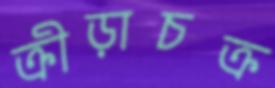
ক্রীড়াচক্র